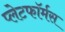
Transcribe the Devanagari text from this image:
प्लेटफॉर्मस